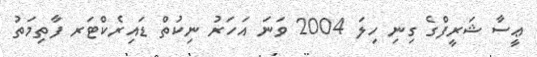
ޢީސާ ޝަރީފްގެ ގިނި ހިލަ 2004 ވަނަ އަހަރު ނިކުތް ޑައިރެކްޓަރ ފާތިމަތު